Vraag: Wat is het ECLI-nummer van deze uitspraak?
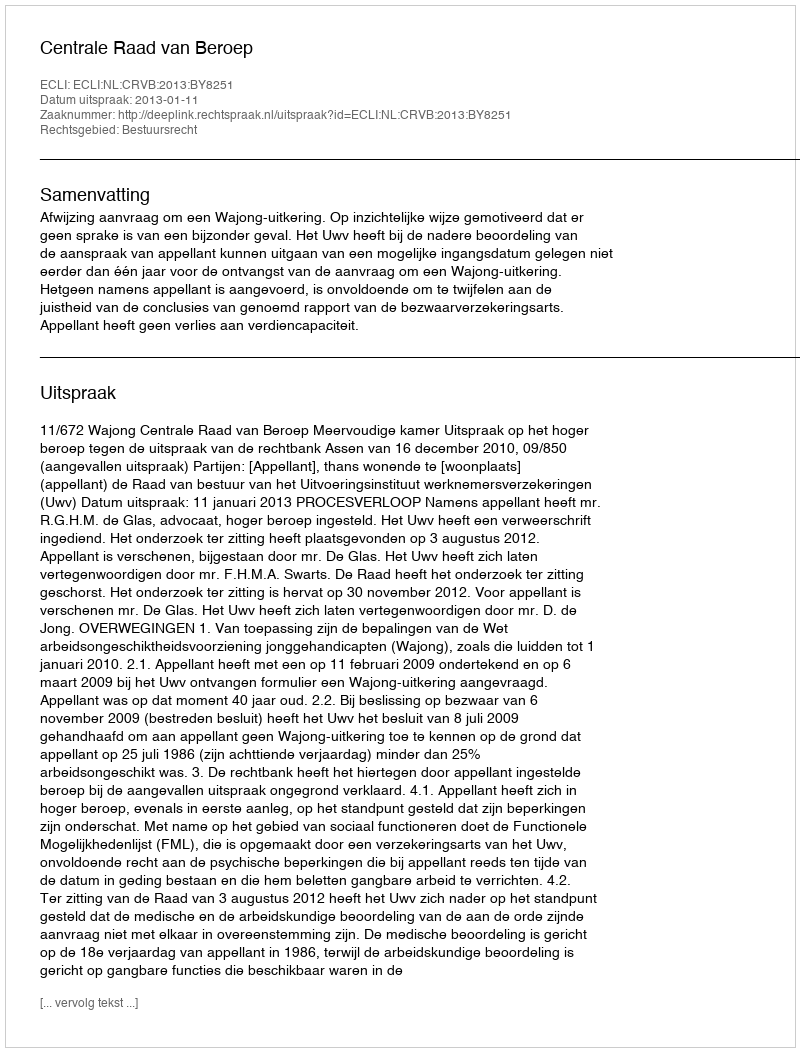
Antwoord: ECLI:NL:CRVB:2013:BY8251